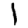
Digit: 1